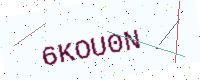
Text: 6KOU0N